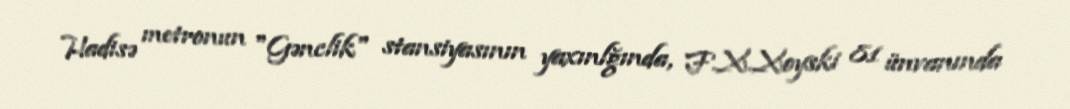
Hadisə metronun "Gənclik" stansiyasının yaxınlğında, F.X.Xoyski 81 ünvanında